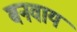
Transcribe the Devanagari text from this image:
बनवाय